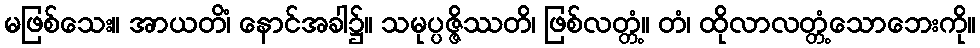
မဖြစ်သေး။ အာယတိံ၊ နောင်အခါ၌။ သမုပ္ပဇ္ဇိဿတိ၊ ဖြစ်လတ္တံ့။ တံ၊ ထိုလာလတ္တံ့သောဘေးကို။